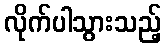
လိုက်ပါသွားသည့်